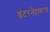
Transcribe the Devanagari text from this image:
इंटरनेटावरच